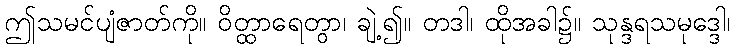
ဤသမင်ပျံဇာတ်ကို။ ဝိတ္ထာရေတွာ၊ ချဲ့၍။ တဒါ၊ ထိုအခါ၌။ သုန္ဒရသမုဒ္ဒေါ၊